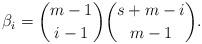
LaTeX: \begin{align*} \beta_i = {m-1 \choose i-1}{ s+m-i \choose m-1}.\end{align*}